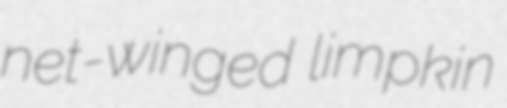
net-winged limpkin